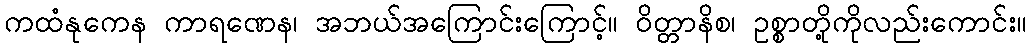
ကထံနုကေန ကာရဏေန၊ အဘယ်အကြောင်းကြောင့်။ ဝိတ္တာနိစ၊ ဥစ္စာတို့ကိုလည်းကောင်း။